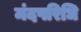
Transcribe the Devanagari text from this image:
मंदपरिधि